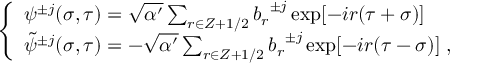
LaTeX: \left\{ \begin{array} { l } { { { \psi } ^ { \pm j } ( \sigma , \tau ) = \sqrt { \alpha ^ { \prime } } \sum _ { r \in Z + 1 / 2 } { b _ { r } } ^ { \pm j } \exp [ - i r ( \tau + \sigma ) ] } } \\ { { { \tilde { \psi } } ^ { \pm j } ( \sigma , \tau ) = - \sqrt { \alpha ^ { \prime } } \sum _ { r \in Z + 1 / 2 } { b _ { r } } ^ { \pm j } \exp [ - i r ( \tau - \sigma ) ] \; , } } \end{array} \right.